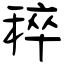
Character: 稡